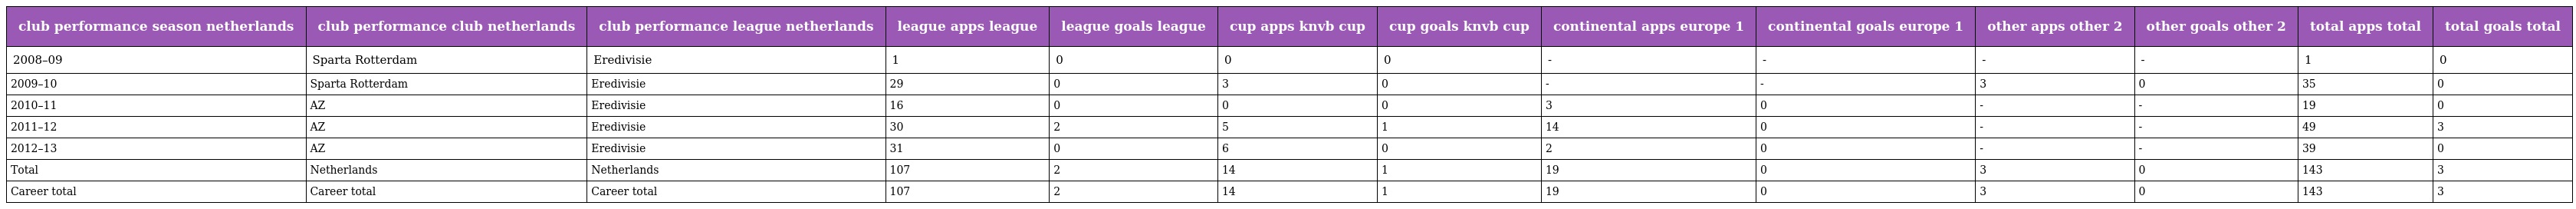
| club performance season netherlands | club performance club netherlands | club performance league netherlands | league apps league | league goals league | cup apps knvb cup | cup goals knvb cup | continental apps europe 1 | continental goals europe 1 | other apps other 2 | other goals other 2 | total apps total | total goals total |
 | --- | --- | --- | --- | --- | --- | --- | --- | --- | --- | --- | --- | --- |
 | 2008–09 | Sparta Rotterdam | Eredivisie | 1 | 0 | 0 | 0 | - | - | - | - | 1 | 0 |
 | 2009–10 | Sparta Rotterdam | Eredivisie | 29 | 0 | 3 | 0 | - | - | 3 | 0 | 35 | 0 |
 | 2010–11 | AZ | Eredivisie | 16 | 0 | 0 | 0 | 3 | 0 | - | - | 19 | 0 |
 | 2011–12 | AZ | Eredivisie | 30 | 2 | 5 | 1 | 14 | 0 | - | - | 49 | 3 |
 | 2012–13 | AZ | Eredivisie | 31 | 0 | 6 | 0 | 2 | 0 | - | - | 39 | 0 |
 | Total | Netherlands | Netherlands | 107 | 2 | 14 | 1 | 19 | 0 | 3 | 0 | 143 | 3 |
 | Career total | Career total | Career total | 107 | 2 | 14 | 1 | 19 | 0 | 3 | 0 | 143 | 3 |